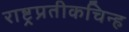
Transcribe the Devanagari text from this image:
राष्ट्रप्रतीकचिन्ह